Insane asylums in Bengal annual reports 1867-1875 - 1867-1875
Year: 1867
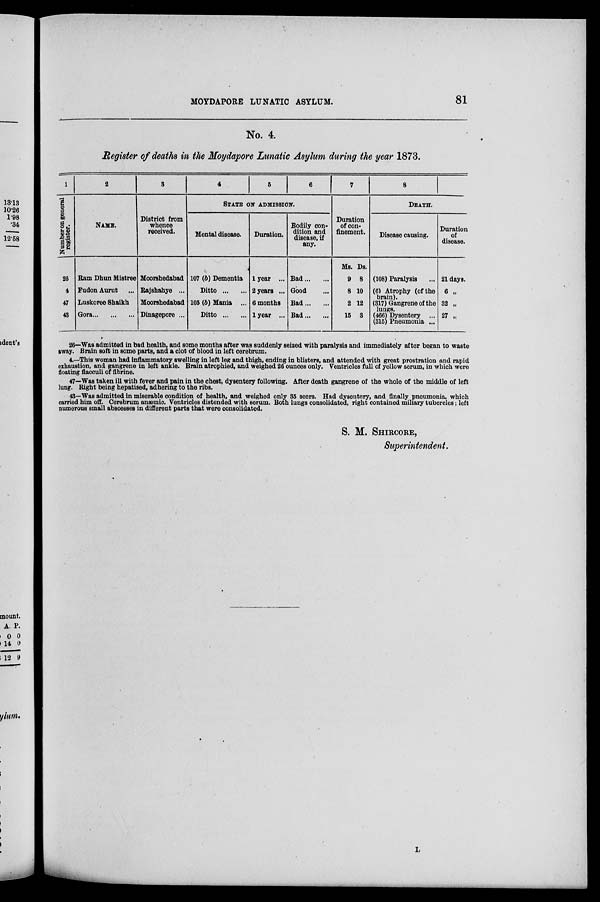
MOYDAPORE LUNATIC ASYLUM.
81
No. 4.
Register of deaths in the Moydapore Lunatic Asylum during the year 1873.
1
Number on general
register.
26
4
47
43
2
NAME.
Ram Dhun Mistree
Fudon Aurut ...
Luskoree Shaikh
Gora...
...
...
3
District from
whence
received.
Moorshedabad
Rajshahye ...
Moorshedabad
Dinagepore ...
4
5
6
STATE ON ADMISSION.
Mental disease.
107 (b) Dementia
Ditto ... ...
105 (b) Mania ...
Ditto ...
Duration.
1 year ...
2 years ...
6 months
1 year ...
Bodily con-
dition and
disease, if
any.
Bad ... ...
Good ...
Bad ... ...
Bad ... ...
7
Duration
of con-
finement.
Ms.
9
8
2
15
Ds.
8
10
12
3
8
DEATH.
Disease causing.
(108) Paralysis ...
(6) Atrophy (of the
brain).
(317) Gangrene of the
lungs. (466) Dysentery ...
(315) Pneumonia ...
Duration
of
disease.
21 days.
6 „
32 „
27 „
26—Was admitted in bad health, and some months after was suddenly seized with paralysis and immediately after began to waste
away. Brain soft in some parts, and a clot of blood in left cerebrum.
4.—This woman had inflammatory swelling in left leg and thigh, ending in blisters, and attended with great prostration and rapid
exhaustion, and gangrene in left ankle. Brain atrophied, and weighed 26 ounces only. Ventricles full of yellow serum, in which were
floating flacculi of fibrine.
47—Was taken ill with fever and pain in the chest, dysentery following. After death gangrene of the whole of the middle of left
lung. Right being hepatised, adhering to the ribs.
43—Was admitted in miserable condition of health, and weighed only 35 seers. Had dysentery, and finally pneumonia, which
carried him off. Cerebrum anæmic. Ventricles distended with serum. Both lungs consolidated, right contained miliary tubercles; left
numerous small abscesses in different parts that were consolidated.
S. M. SHIRCORE,
Superintendent.
L